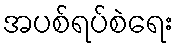
အပစ်ရပ်စဲရေး